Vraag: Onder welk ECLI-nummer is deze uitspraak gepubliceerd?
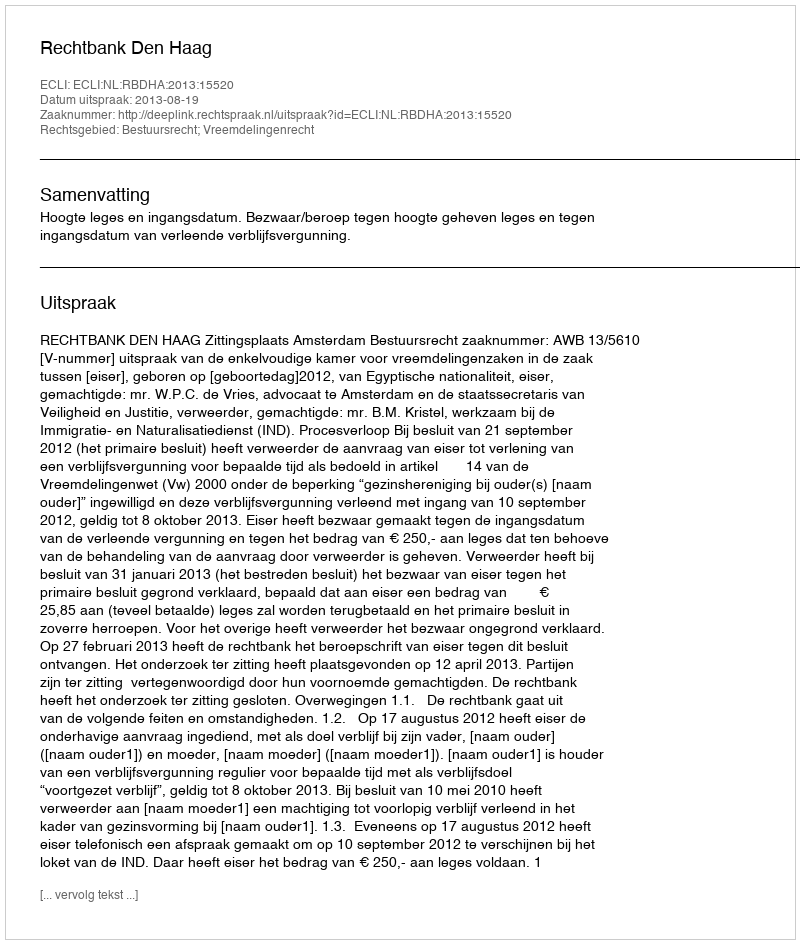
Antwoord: ECLI:NL:RBDHA:2013:15520